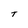
Character: T